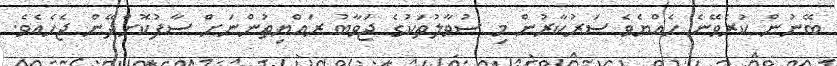
ބޭނުން ކުރެވޭނެ ހެއްޔެވެ ސަރުކާރުން މި ސުވާލުތަކުގެ ޖަވާބު ރައްޔިތުންނަށް ސާފުކޮށްދޭން ޖެހެއެވެ.